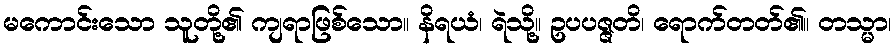
မကောင်းသော သူတို့၏ ကျရာဖြစ်သော။ နိရယံ၊ ရဲသို့။ ဥပပဇ္ဇတိ၊ ရောက်တတ်၏။ တသ္မာ၊